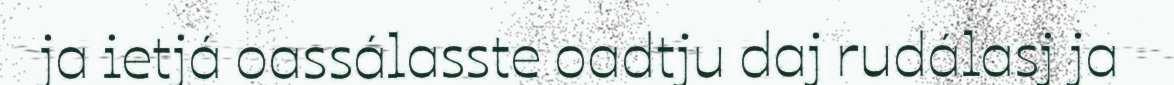
ja ietjá oassálasste oadtju daj rudálasj ja